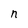
Character: n